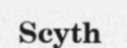
Scyth